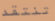
تنتقد